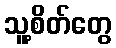
သူ့စိတ်တွေ